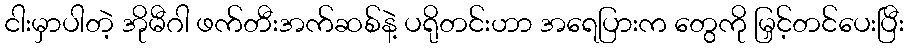
ငါးမှာပါတဲ့ အိုမီဂါ ဖက်တီးအက်ဆစ်နဲ့ ပရိုတင်းဟာ အရေပြားက တွေကို မြှင့်တင်ပေးပြီး